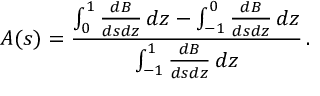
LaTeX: A ( s ) = { \frac { \int _ { 0 } ^ { 1 } { \frac { d B } { d s d z } } \, d z - \int _ { - 1 } ^ { 0 } { \frac { d B } { d s d z } } \, d z } { \int _ { - 1 } ^ { 1 } { \frac { d B } { d s d z } } \, d z } } \, .